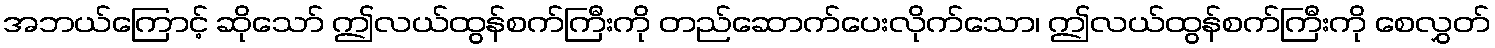
အဘယ်ကြောင့် ဆိုသော် ဤလယ်ထွန်စက်ကြီးကို တည်ဆောက်ပေးလိုက်သော၊ ဤလယ်ထွန်စက်ကြီးကို စေလွှတ်